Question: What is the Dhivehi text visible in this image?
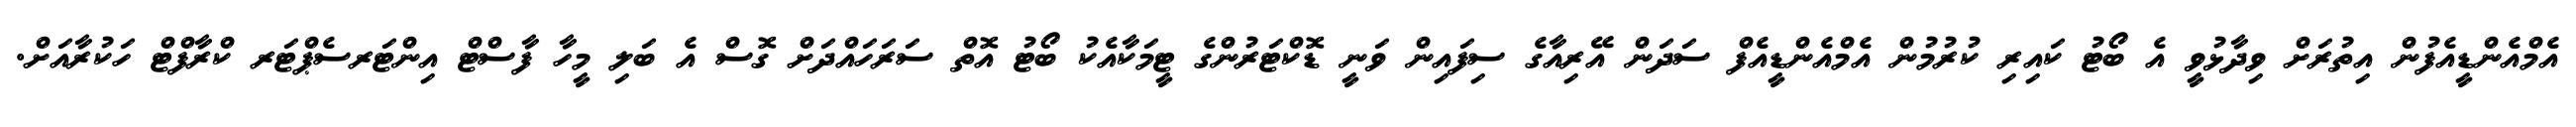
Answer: އެމްއެންޑީއެފުން އިތުރަށް ވިދާޅުވީ އެ ބޯޓު ކައިރި ކުރުމުން އެމްއެންޑީއެފް ސަދަން އޭރިއާގެ ސިފައިން ވަނީ ޑޮކްޓަރުންގެ ޓީމަކާއެކު ބޯޓު އޮތް ސަރަހައްދަށް ގޮސް އެ ބަލި މީހާ ފާސްޓް އިންޓަރސެޕްޓަރ ކްރާފްޓް ހަކުރާއަށް.